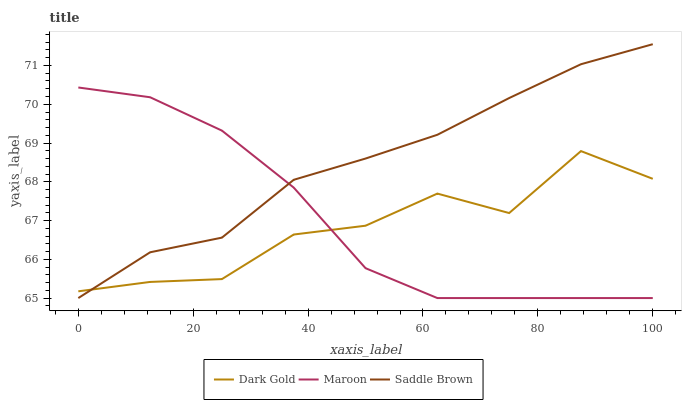
| xaxis_label | Dark Gold | Maroon | Saddle Brown |
 | --- | --- | --- | --- |
 | 0 | 65.2 | 70.4 | 65 |
 | 12.5 | 65.4 | 70.2 | 66.2 |
 | 25 | 65.5 | 69.3 | 66.6 |
 | 37.5 | 66.6 | 67.8 | 68.1 |
 | 50 | 66.9 | 65.8 | 68.6 |
 | 62.5 | 67.7 | 65 | 69.2 |
 | 75 | 67.2 | 65 | 70.2 |
 | 87.5 | 68.8 | 65 | 71 |
 | 100 | 68.1 | 65 | 71.5 |